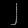
Digit: ၂